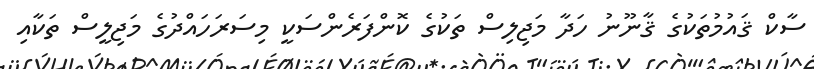
ސާކް ޤައުމުތަކުގެ ޤާނޫނު ހަދާ މަޖިލިސް ތަކުގެ ކޮންފަރެންސަކީ މިސަރަހައްދުގެ މަޖިލީސް ތަކާއި